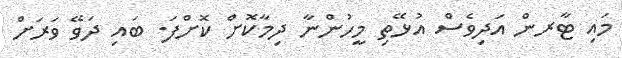
މައި ޓާރން އަދިވެސް އުޅޭތި މީހުންނާ ދިމާކޮށް ކޮށްފަ. ބައި ދަވޭ ވަރަށް